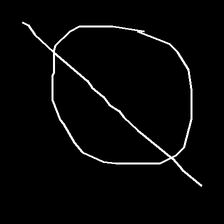
Glyph: orb